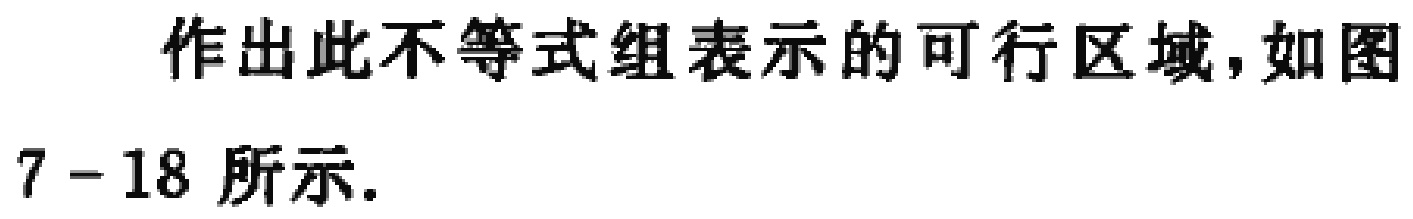
作出此不等式组表示的可行区域,如图7 - 18 所示.